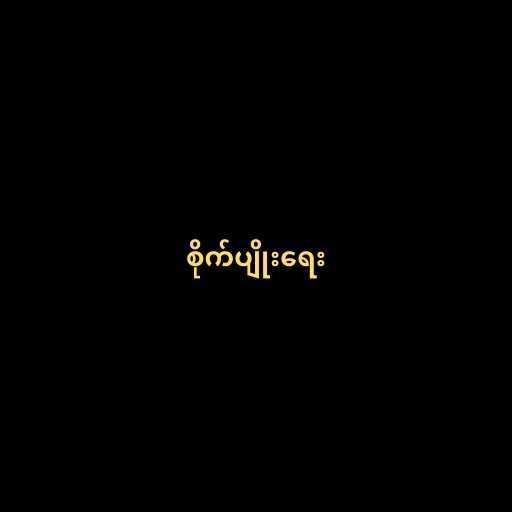
စိုက်ပျိုးရေး